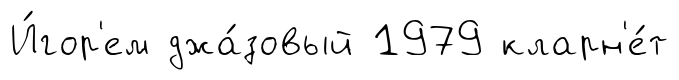
И́гор'ем джа́зовый 1979 кларн'е́т